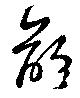
齢